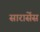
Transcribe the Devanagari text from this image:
सारासेंस